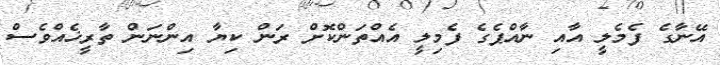
އޭނާގެ ފެމެލީ އާއި ނާއްޕެގެ ފެމިލީ އެއްތަންކޮށް ރަން ކިޔާ އިންނަން ތާރީޚެއްވެސް